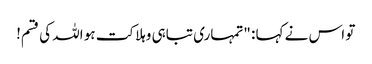
تو اس نے کہا : "تمہاری تباہی وہلاکت ہو اللہ کی قسم!